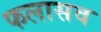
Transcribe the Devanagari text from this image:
फलासव